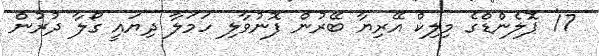
17' ޕޮލެންޑްގެ މިލިކް އޭރިޔާ ބޭރުން ފޮނުވާލި ހަމަލާ ދިޔައީ ގޯލާ ދުރުން